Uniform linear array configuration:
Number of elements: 32
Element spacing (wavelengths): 1
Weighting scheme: cosine
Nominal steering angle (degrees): -45
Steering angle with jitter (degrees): -44.893
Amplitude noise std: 0.05
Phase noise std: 0.05

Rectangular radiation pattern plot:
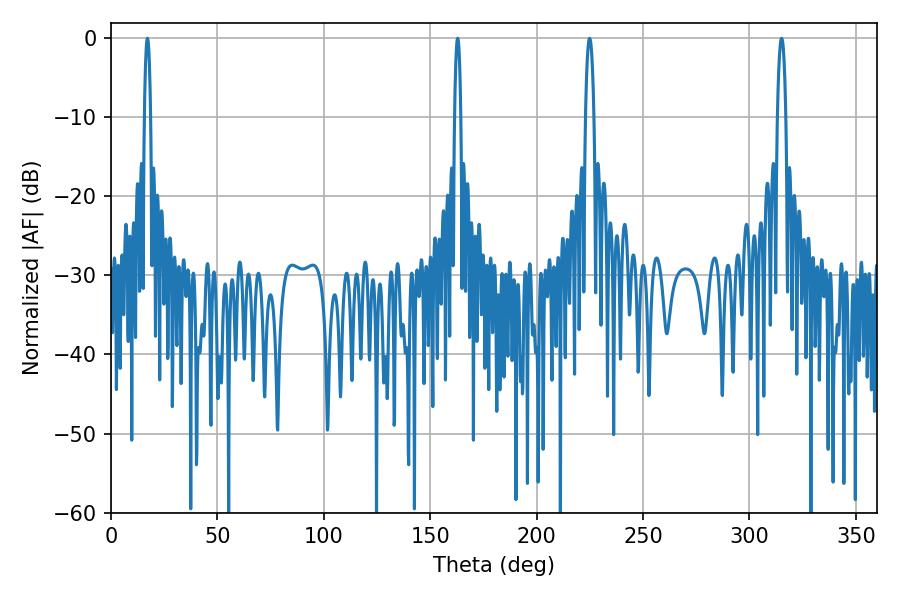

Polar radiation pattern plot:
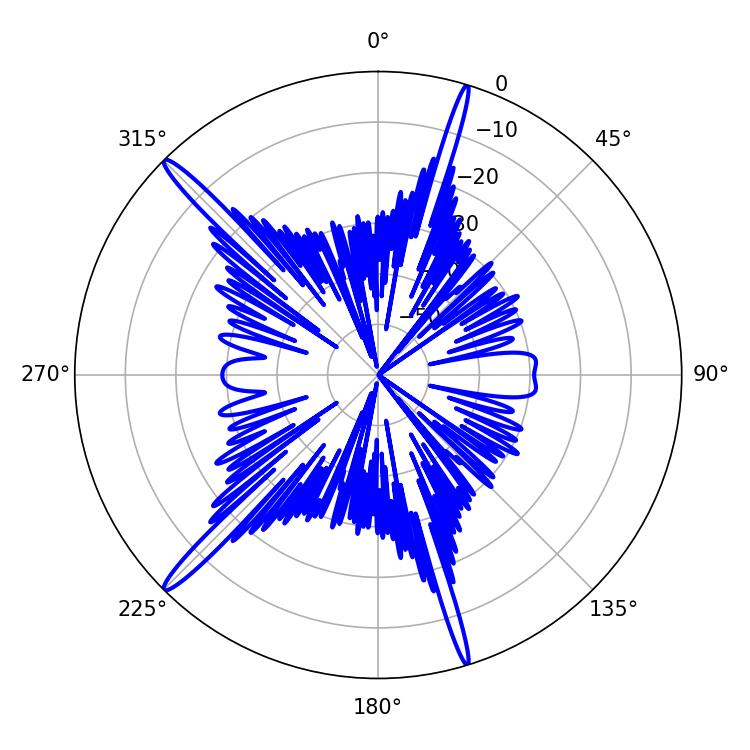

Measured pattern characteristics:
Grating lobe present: TRUE
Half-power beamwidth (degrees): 1.44
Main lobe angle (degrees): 17.1